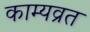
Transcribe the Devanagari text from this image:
काम्यव्रत